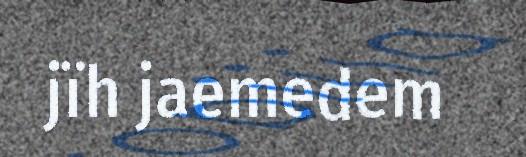
jïh jaemedem